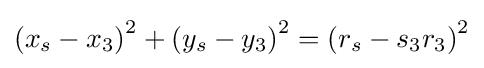
\left(x_{s}-x_{3}\right)^{2}+\left(y_{s}-y_{3}\right)^{2}=\left(r_{s}-s_{3}r_{3}\right)^{2}